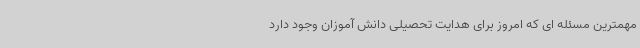
مهمترین مسئله ای که امروز برای هدایت تحصیلی دانش آموزان وجود دارد